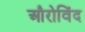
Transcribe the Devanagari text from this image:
औरोविंद